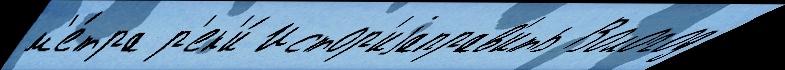
м'е́тра р'ек'и́ Истор'иjаправ'ить Вологод